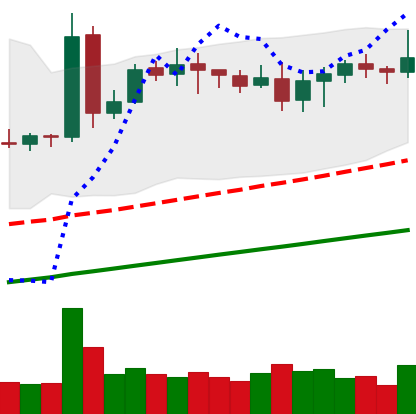
Ticker: DOGE-USD
Chart end date: 2020-08-17
Forward return: -4.149%
Label: down_3_5